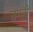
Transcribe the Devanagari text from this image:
चमड़ी